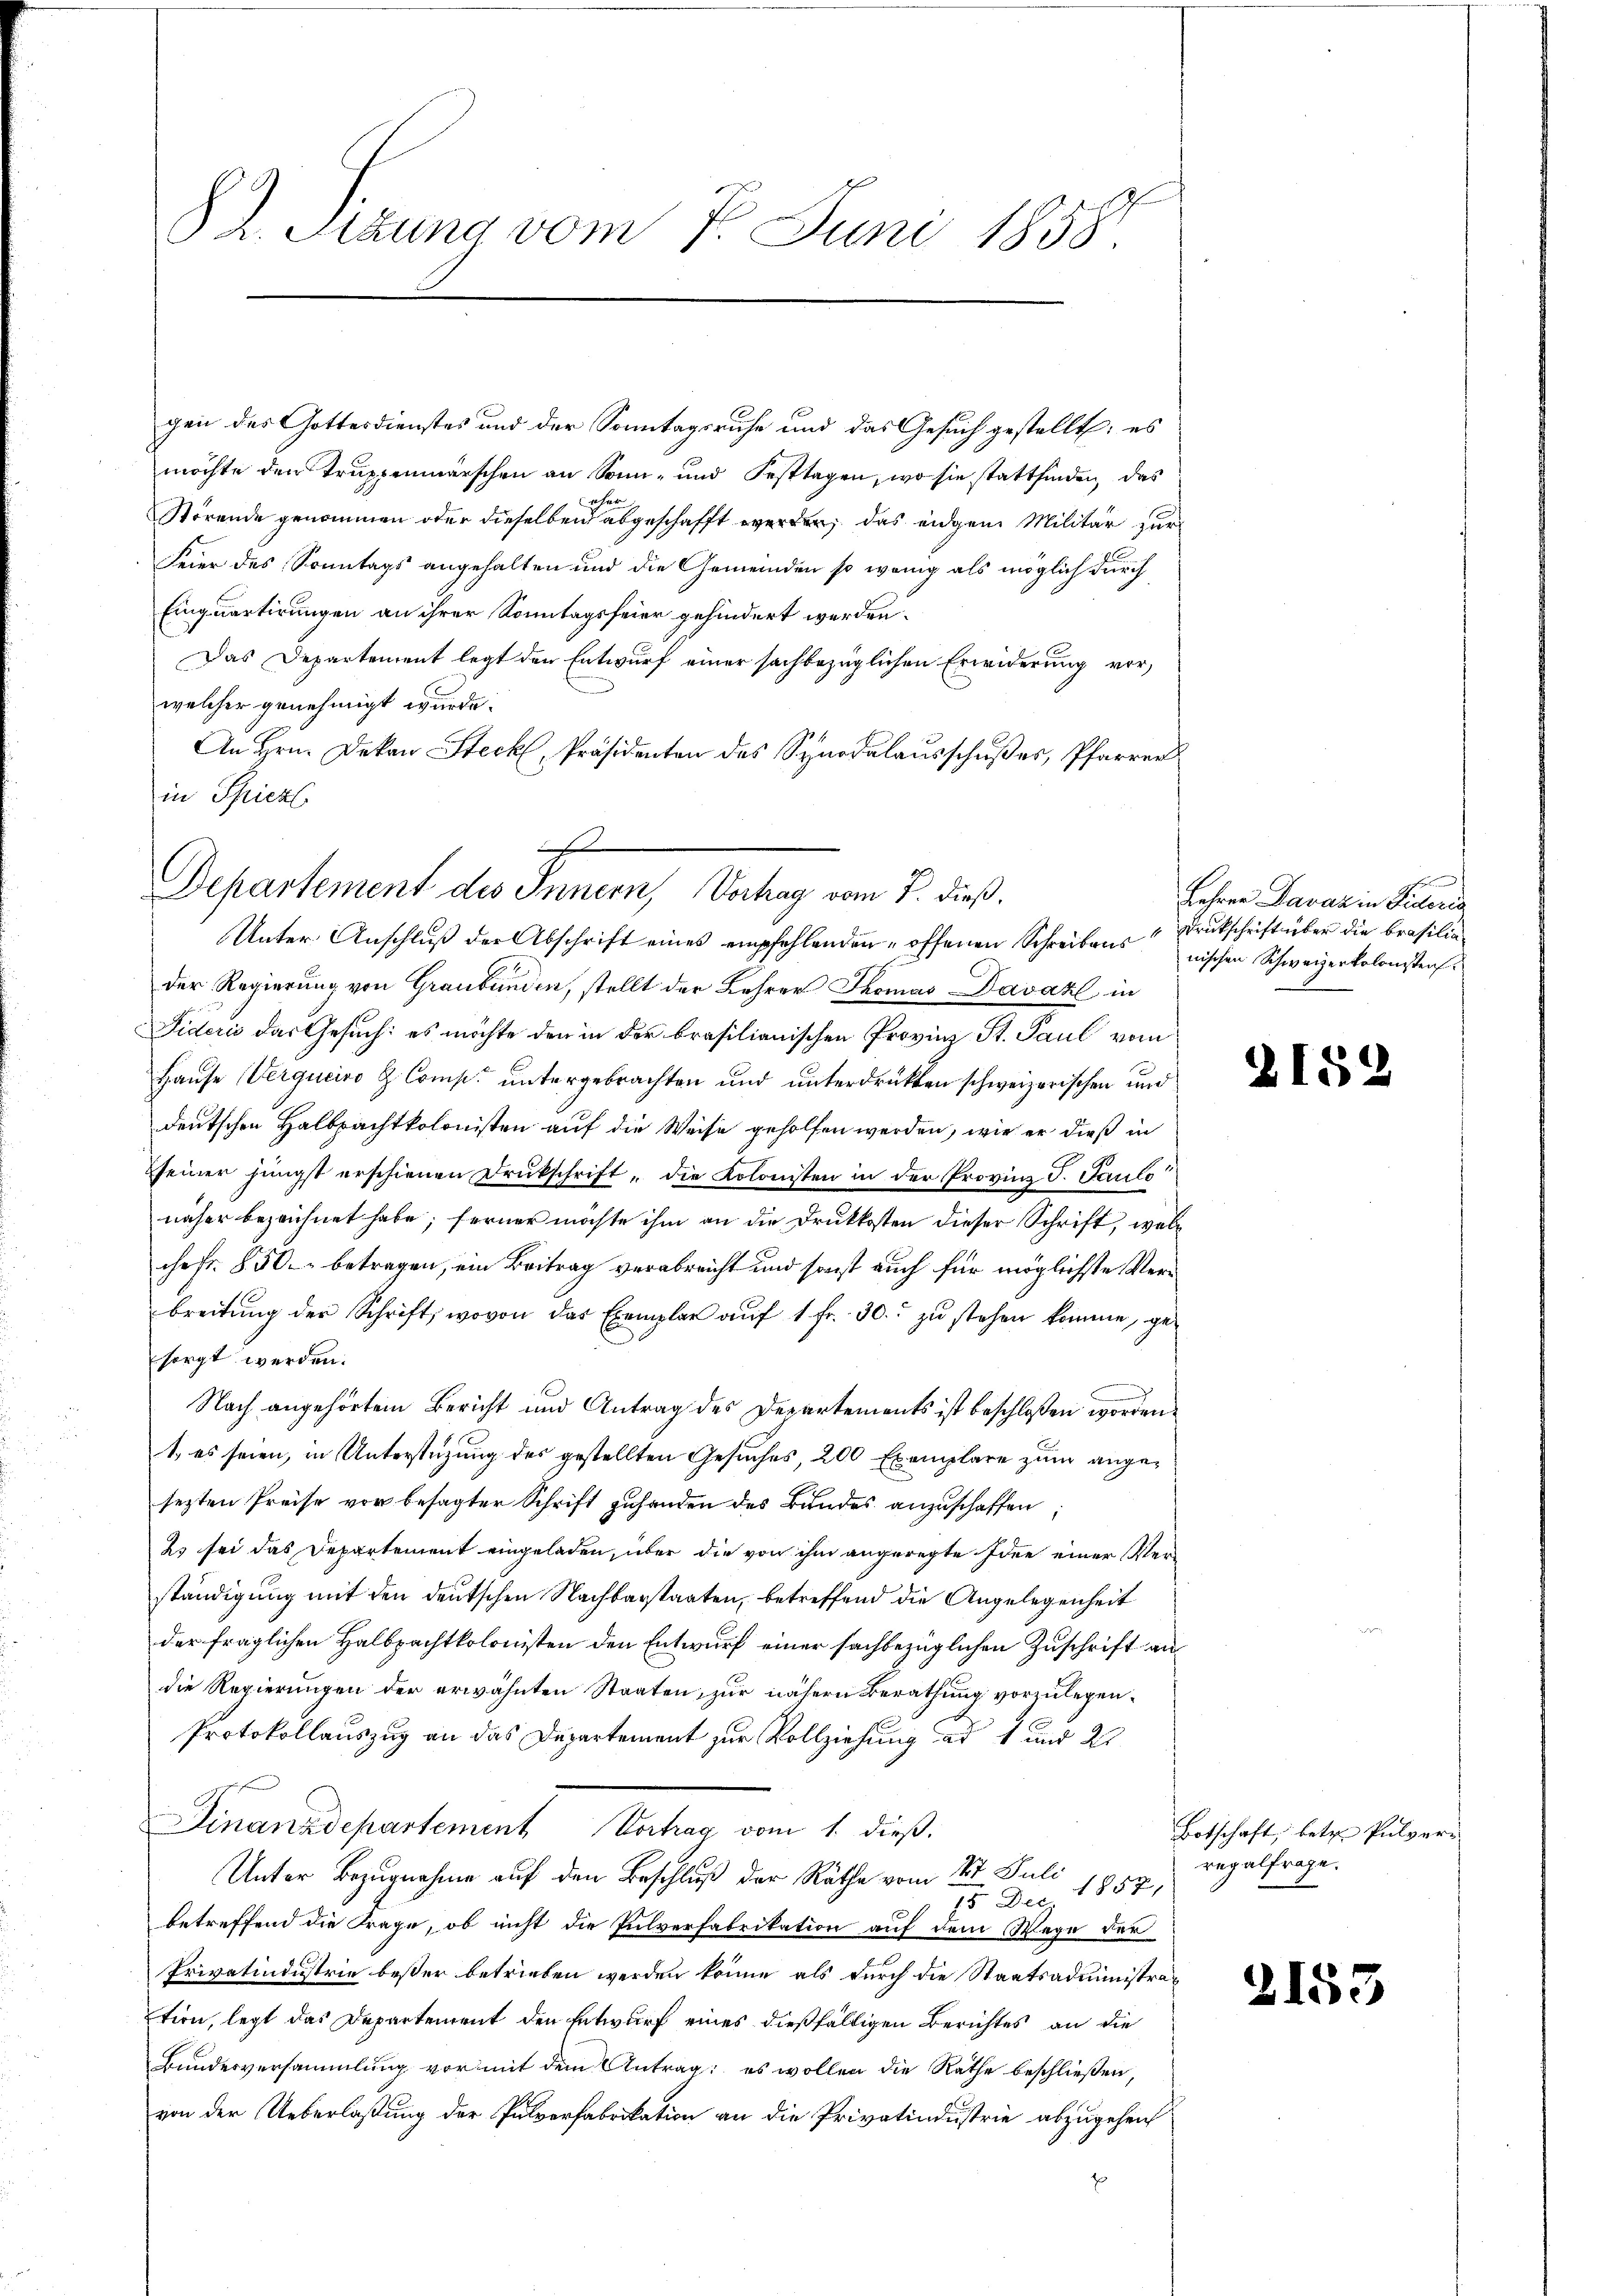
82. Sizung vom 7. Juni 1858.

gen des Gottesdienstes und der Sonntagsruhe und das Gesuch gestellt; es
möchte den Truppenmärschen an Sonn- und Festtagen, wo sie stattfinden, das
Störende genommen oder dieselben abgeschafft werden, das eidgen Militär zur
Feier des Sonntags angehalten und die Gemeinden so wenig als möglich durch
Einquartirungen an ihrer Sonntagsfeier gehindert werden.
Das Departement legt den Entwurf einer sachbezüglichen Erwiderung vor,
welcher genehmigt wurde.
An Hrn. Dekan Steck, Präsidenten des Synodalausschußes, Pfarrer
in Schickl

Departement des Innen, Vertrag vom 7. dieß.
Unter Anschluß der Abschrift eines empfehlenden offenen Schreiben Drukschrift über die Brasilia

der Regierung von Graubünden, stellt der Lehrer Thomas Davaz in
Fideris das Gesuch: es möchte den in der brasilianischen Provinz St. Paul vom
Hause Vergueiro H. Comp. untergebrachten und unterdrückten schweizerischen und
deutschen Halbpachtkolonisten auf die Weise geholfen werden, wie er dieß in
seiner jüngst erschienen Drukschrift „die Kolonisten in der Provinz T. Paulo
näher bezeichnet habe; ferner möchte ihm an die Druckkosten dieser Schrift, wobe
che fr. 850 betragen, ein Beitrag verabreicht und sonst auch für möglichste Verbreitŭng der Schrift, wovon das Exemplar aŭf 1 fr. 30. zŭ stehen komme, ge-
sorgt werden.
.
Nach angehörtem Bericht und Antrag des Departements ist beschloßen worden
t, es seien, in Unterstüzung des gestellten Gesuches, 200 Exemplare zum angesezten Preise vor besagter Schrift zuhanden des Bundes anzuschaffen
2s sei das Departement eingeladen, über die von ihm angeregte Idee einer Verständigung mit den deutschen Nachbarstaaten, betreffend die Angelegenheit
der fraglichen Halbpachtkolonisten den Entwurf einer sachbezüglichen Zuschrift andie Regierungen der erwähnten Staaten, zur nähern Berathung vorzulegen¬
Protokollauszug an das Departement zur Vollziehung ad 1 und 21
Finanzdepartement Vortrag vom 1. dieß.
Unter Bezugnahme auf den Beschluß der Räthe vom 24t Juli
15. Die 1857,
betreffend die Frage, ob nicht die Pulverfabrikation auf dem Wege der
Privatindustrie bester betrieben werden könne als durch die Staatsadministration, legt das Departement den Entwurf eines dießfälligen Berichtes an die
Bundesversammlung vor mit dem Antrag: es wollen die Räthe beschließen,
von der Ueberlaßung der Pulverfabrikation an die Privatindustrie abzugehen
E

Lehrer Davaz in Sideris
nischen Schweizerkolonister.

2152

Botschaft, betr. Pulveri
regalfrage.

2153